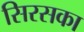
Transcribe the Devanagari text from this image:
सिरसका